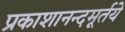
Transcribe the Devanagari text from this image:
प्रकाशानन्दमूर्तये